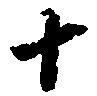
十